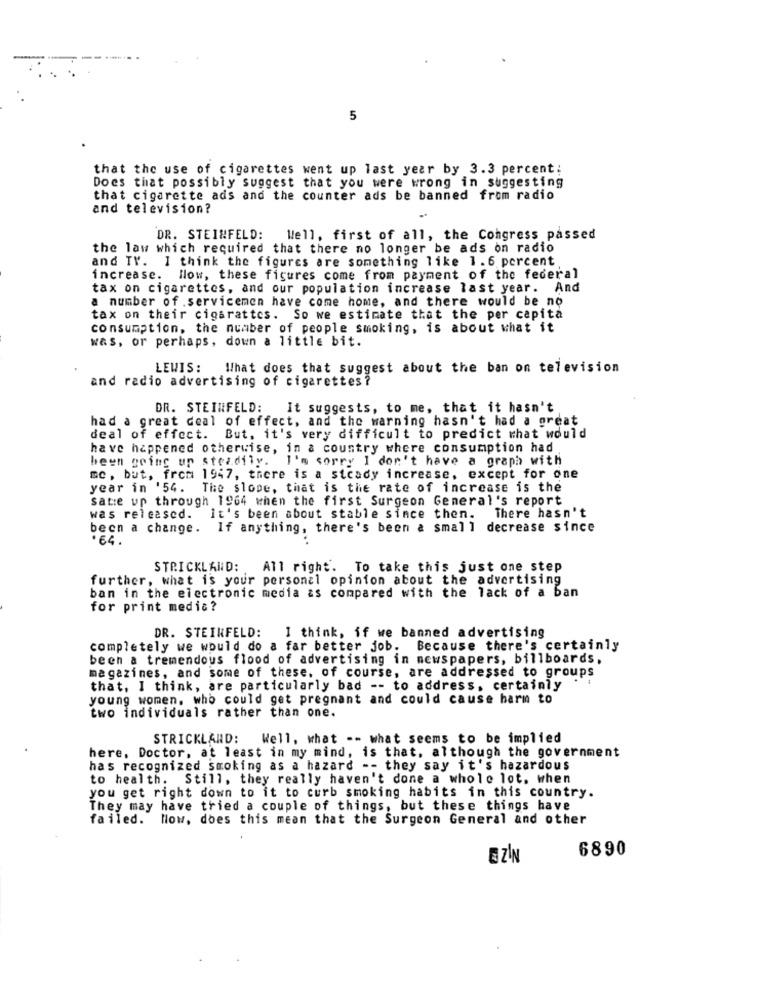
5
that the use of cigarettes went up last year by 3.3 percent:
Does that possibly suggest that you were wrong in suggesting
that cigarette ads and the counter ads be banned from radio
and television?
DR. STEINFELD:
Well, first of all, the Congress passed
the law which required that there no longer be ads on radio
and TV. I think the figures are something like 1.6 percent
increase.
How, these figures come from payment of the federal
tax on cigarettes, and our population increase last year. And
a number of .servicemen have come home, and there would be no
tax on their cigarettes. So we estimate that the per capita
consumption, the number of people smoking, is about what it
was, or perhaps, down a little bit.
LEWIS:
What does that suggest about the ban on television
and radio advertising of cigarettes?
DR. STEINFELD: It suggests, to me, that it hasn't
had a great deal of effect, and the warning hasn't had a great
deal of effect. But, it's very difficult to predict what would
have happened otherwise, in a country where consumption had
been going up steadily.
I'm sorry I don't have a graph with
se, but, from 1947, there is a steady increase, except for one
year in '54. The slope, that is the rate of increase is the
satie up through 1964 when the first Surgeon General's report
was released.
It's been about stable since then. There hasn't
been a change.
If anything, there's been a small decrease since
STRICKLAND:
All right. To take this just one step
further, what is your personal opinion about the advertising
ban in the electronic media as compared with the lack of a ban
for print media?
DR. STEINFELD: I think, if we banned advertising
completely we would do a far better job. Because there's certainly
been a tremendous flood of advertising in newspapers, billboards,
magazines, and some of these, of course, are addressed to groups
that, I think, are particularly bad -- to address, certainly
young women, who could get pregnant and could cause harm to
two individuals rather than one.
STRICKLAND:
Well, what -- what seems to be implied
here, Doctor, at least in my mind, is that, although the government
has recognized smoking as a hazard -- they say it's hazardous
to health. Still, they really haven't done a whole lot, when
you get right down to it to curb smoking habits in this country.
They may have tried a couple of things, but these things have
failed. Now, does this mean that the Surgeon General and other
6890
EZIN